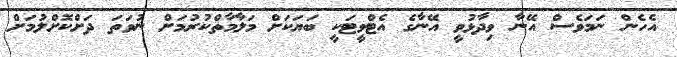
އެހެން ނަމަވެސް އޭނާ ވިދާޅުވީ އޭނާގެ އެޓްވީޓަކީ ބަޔަކަށް މަލާމާތްކުރުމަށް ނުވަތަ ދަށްކޮށްލުމަށް